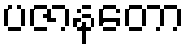
ပဇာနတော